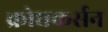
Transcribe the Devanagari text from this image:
क्रोधकर्सन